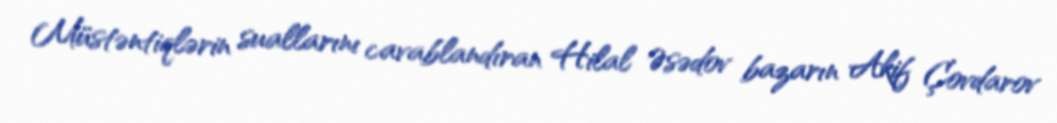
Müstəntiqlərin suallarını cavablandıran Hilal Əsədov bazarın Akif Çovdarov